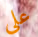
على